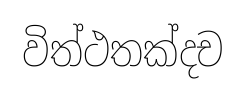
විත්ථතක්දච